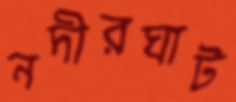
নদীরঘাট